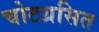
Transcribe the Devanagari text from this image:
चोटग्रसित